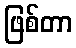
ဖြစ်တာ